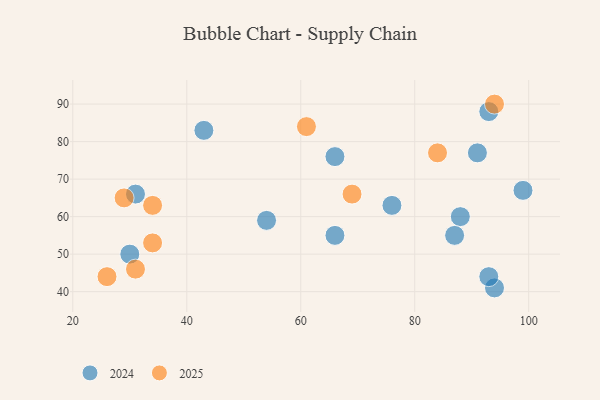
{"axis": {"x": "GDP", "y": "Life Expectancy"}, "legend": ["2024", "2025"], "data": [{"x": "29", "y": 65, "type": "2025"}, {"x": "69", "y": 66, "type": "2025"}, {"x": "34", "y": 53, "type": "2025"}, {"x": "26", "y": 44, "type": "2025"}, {"x": "94", "y": 90, "type": "2025"}, {"x": "84", "y": 77, "type": "2025"}, {"x": "31", "y": 46, "type": "2025"}, {"x": "61", "y": 84, "type": "2025"}, {"x": "34", "y": 63, "type": "2025"}, {"x": "76", "y": 63, "type": "2024"}, {"x": "88", "y": 60, "type": "2024"}, {"x": "43", "y": 83, "type": "2024"}, {"x": "87", "y": 55, "type": "2024"}, {"x": "66", "y": 55, "type": "2024"}, {"x": "94", "y": 41, "type": "2024"}, {"x": "91", "y": 77, "type": "2024"}, {"x": "93", "y": 88, "type": "2024"}, {"x": "66", "y": 76, "type": "2024"}, {"x": "54", "y": 59, "type": "2024"}, {"x": "93", "y": 44, "type": "2024"}, {"x": "99", "y": 67, "type": "2024"}, {"x": "31", "y": 66, "type": "2024"}, {"x": "30", "y": 50, "type": "2024"}]}